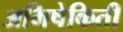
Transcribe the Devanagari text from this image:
अभिषेकिती